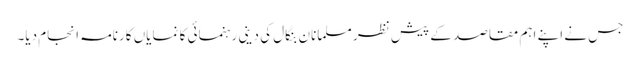
جس نے اپنے اہم مقاصد کے پیش نظر مسلمانانِ بنگال کی دینی رہنمائی کا نمایاں کارنامہ انجام دیا۔